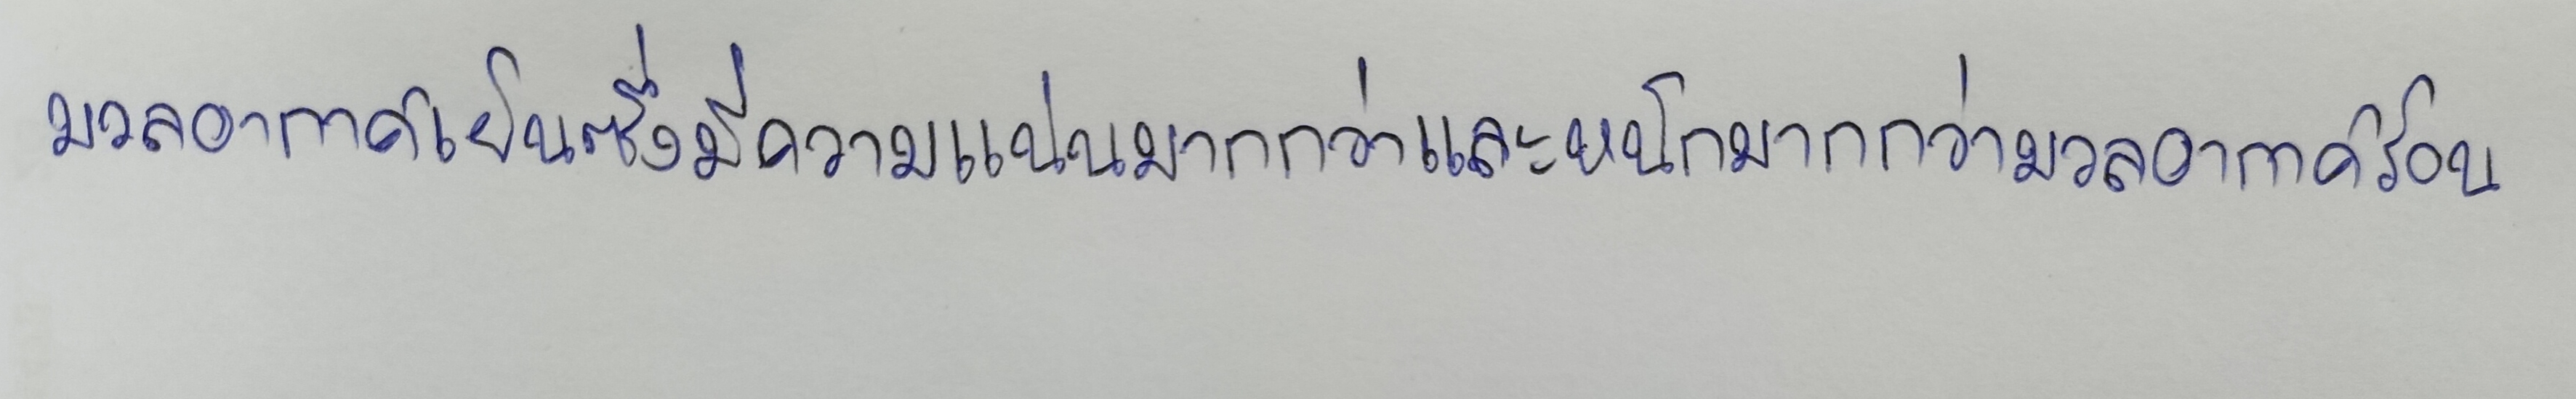
มวลอากาศเย็นซึ่งมีความแน่นมากกว่าและหนักมากกว่ามวลอากาศร้อน